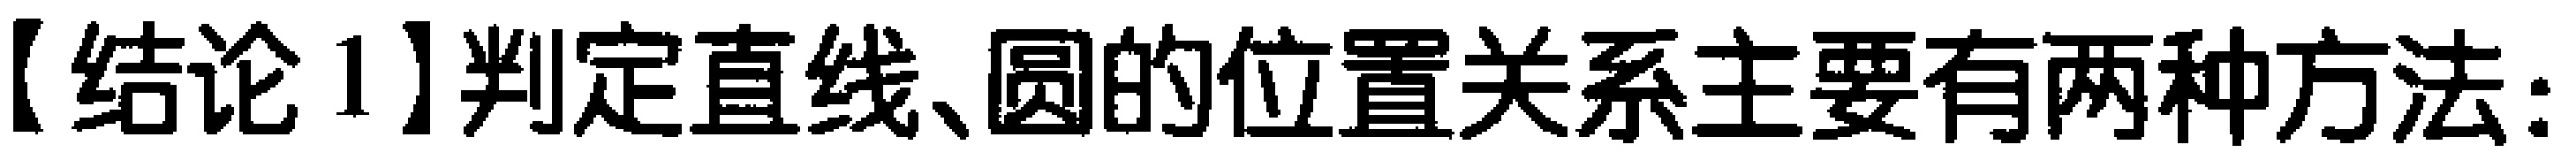
【结论1】判定直线、圆的位置关系主要有两种方法：